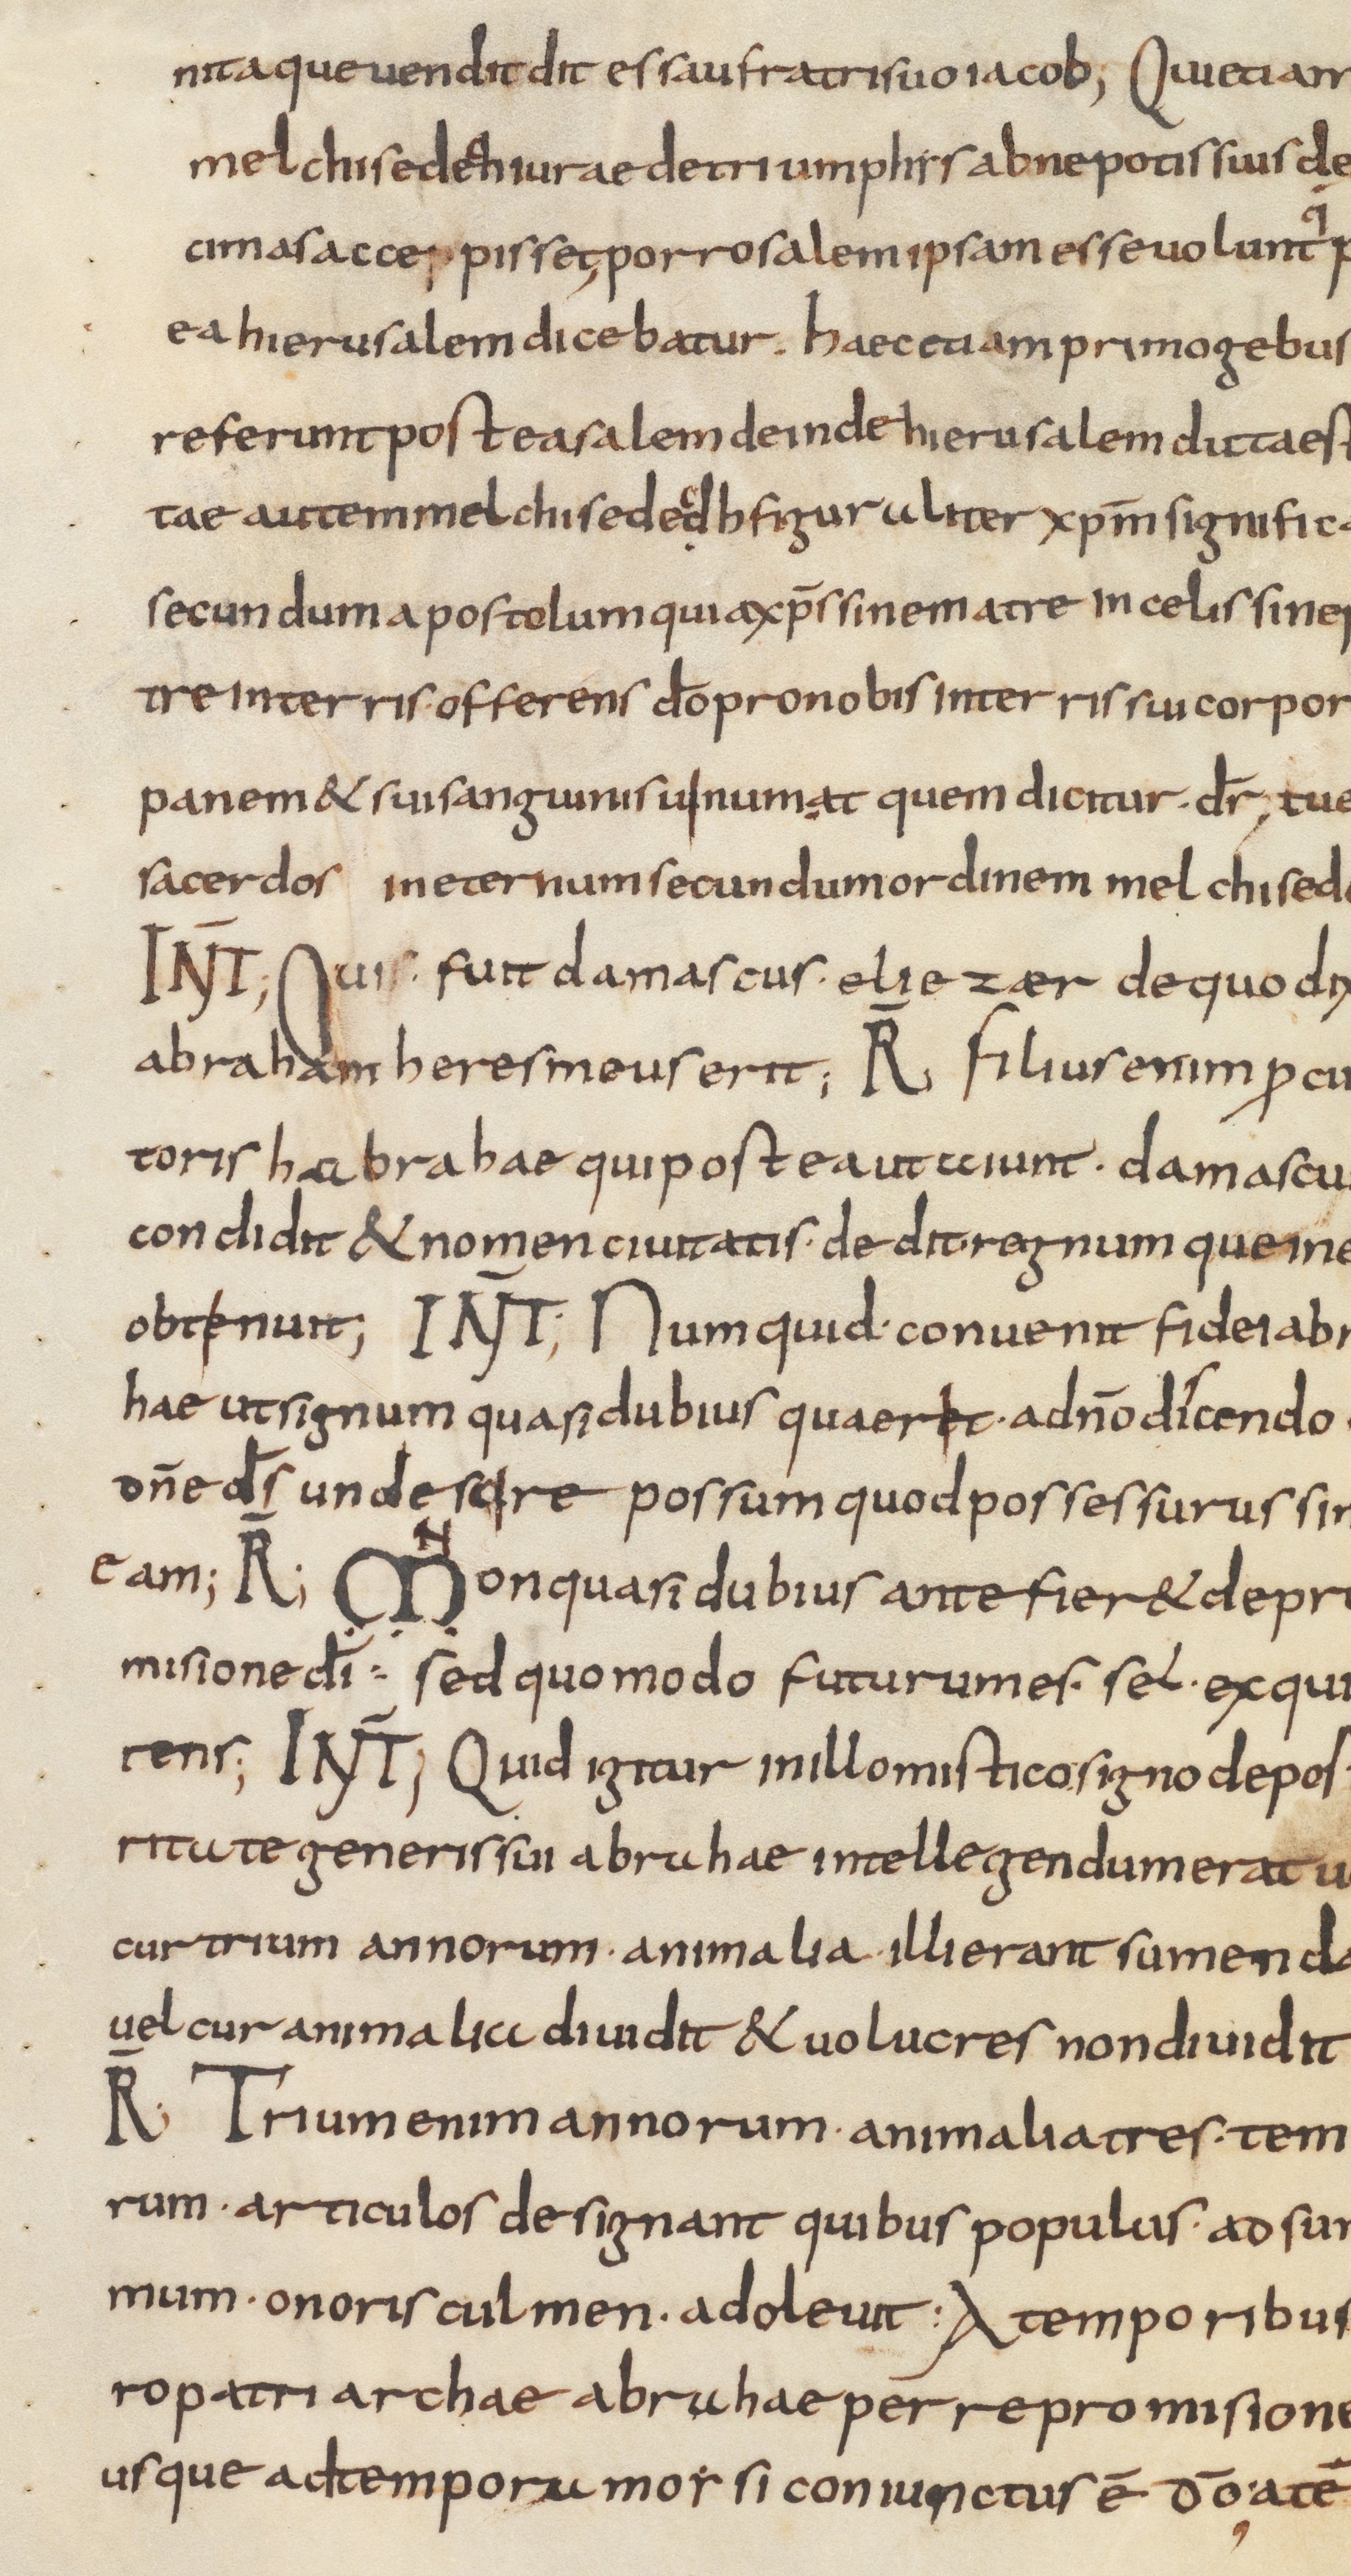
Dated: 833–865